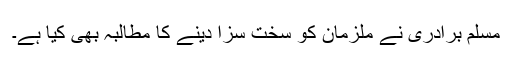
مسلم برادری نے ملزمان کو سخت سزا دینے کا مطالبہ بھی کیا ہے۔